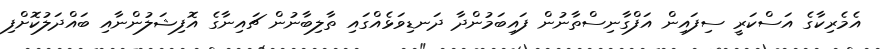
އެމެރިކާގެ އަސްކަރީ ސިފައިން އަފްގާނިސްތާނުން ފައިބަމުންދާ ދަނޑިވަޅެއްގައި ތާލިބާނުން ޗައިނާގެ އޮފިޝަލުންނާއި ބައްދަލުކޮށްފި